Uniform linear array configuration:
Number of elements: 24
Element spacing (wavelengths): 1
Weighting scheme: hamming
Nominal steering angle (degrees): -45
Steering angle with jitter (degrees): -45.868
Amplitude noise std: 0.05
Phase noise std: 0.05

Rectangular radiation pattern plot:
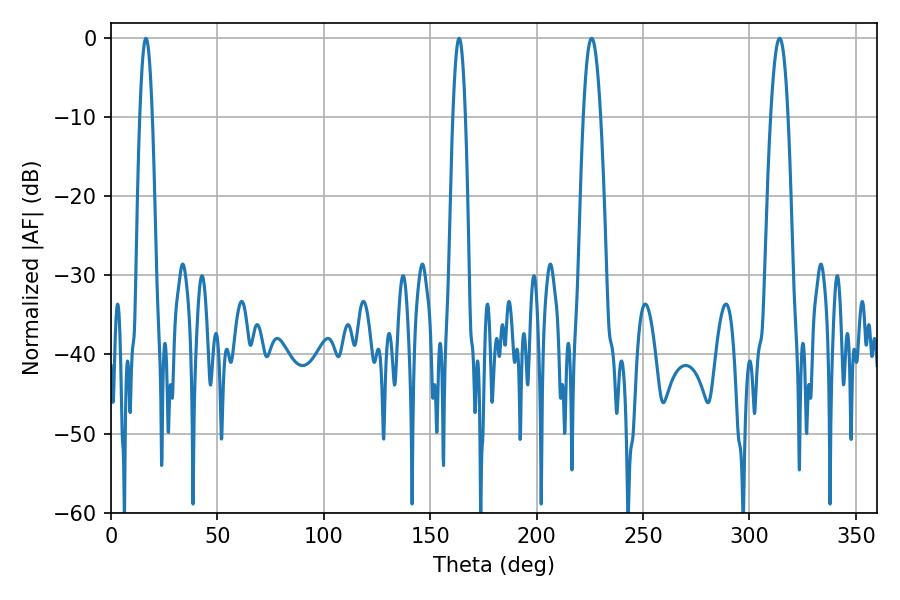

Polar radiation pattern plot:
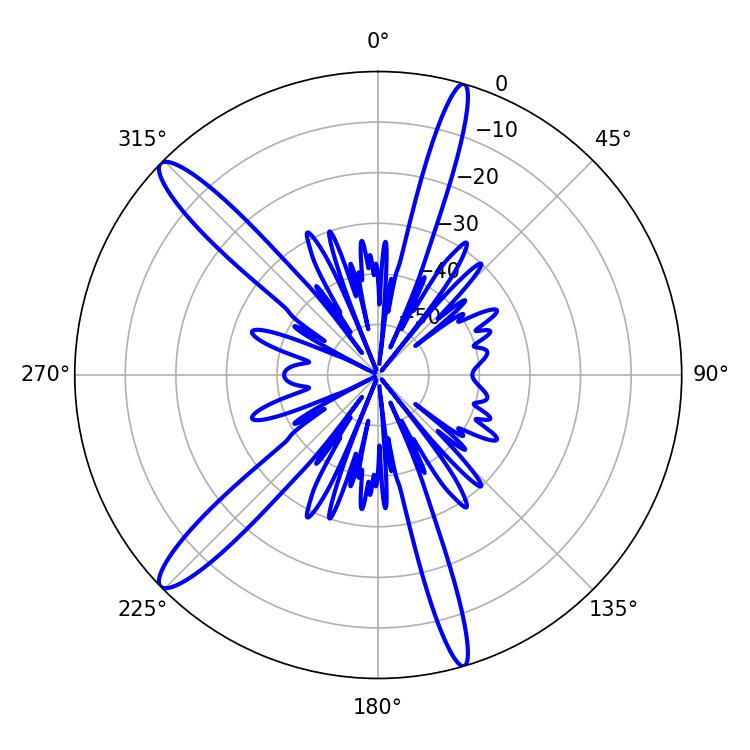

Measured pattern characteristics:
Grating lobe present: TRUE
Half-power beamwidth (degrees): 3.24
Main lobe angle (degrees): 16.38